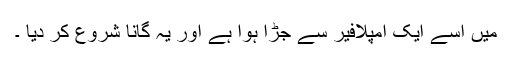
میں اسے ایک امپلافیر سے جڑا ہوا ہے اور یہ گانا شروع کر دیا ۔